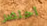
أحتضر